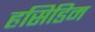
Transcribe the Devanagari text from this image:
हसिडिम